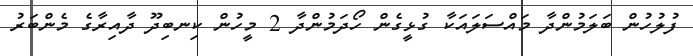
ފުލުހުން ބަލަމުންދާ މައްސަލައަކާ ގުޅީގެން ހޯދަމުންދާ 2 މީހުން ކިނބިދޫ ދާއިރާގެ މެންބަރު